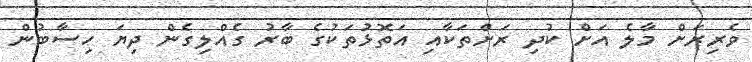
ވެރިރަށް މާލެ އަށް ކުދި ރަށްތަކާއި އަތޮޅުތަކުގެ ބާރު ގެއްލިގެން ދިޔަ ހިސާބުން